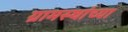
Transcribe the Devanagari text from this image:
ग्रामस्‍थांच्‍या